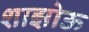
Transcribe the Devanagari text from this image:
शाझोऊ